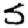
Digit: 5